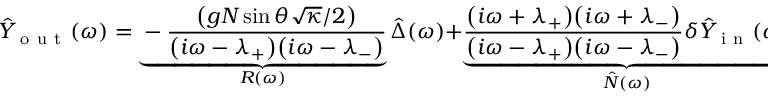
\hat { Y } _ { \mathrm { ~ o ~ u ~ t ~ } } ( \omega ) = \underbrace { - \frac { \big ( g N \sin \theta \sqrt { \kappa } / 2 \big ) } { \big ( i \omega - \lambda _ { + } \big ) \big ( i \omega - \lambda _ { - } \big ) } } _ { R ( \omega ) } \hat { \Delta } ( \omega ) + \underbrace { \frac { \big ( i \omega + \lambda _ { + } \big ) \big ( i \omega + \lambda _ { - } \big ) } { \big ( i \omega - \lambda _ { + } \big ) \big ( i \omega - \lambda _ { - } \big ) } \delta \hat { Y } _ { \mathrm { ~ i ~ n ~ } } ( \omega ) } _ { \hat { N } ( \omega ) } ,